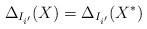
\begin{align*}\Delta_{I_{i'}}(X) = \Delta_{I_{i'}}(X^*)\end{align*}